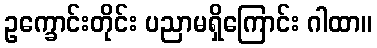
ဥက္ခောင်းတိုင်း ပညာမရှိကြောင်း ဂါထာ။